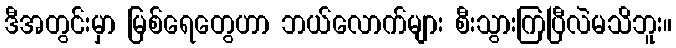
ဒီအတွင်းမှာ မြစ်ရေတွေဟာ ဘယ်လောက်များ စီးသွားကြပြီလဲမသိဘူး။